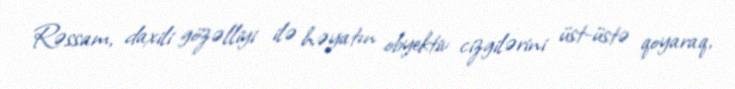
Rəssam, daxili gözəlliyi ilə həyatın obyektiv cizgilərini üst-üstə qoyaraq,